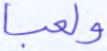
ولعبا